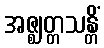
အဇ္ဈတ္တသန္တိံ